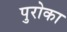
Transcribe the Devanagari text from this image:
पुरोका